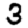
Digit: 3